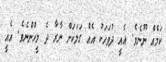
ކަމެއް ނޫނެވެ. އެއީ ދުވަހަކު އެއް ގަލަކަށް ނާރާ ދެ މީހުންނެވެ. އެއީ